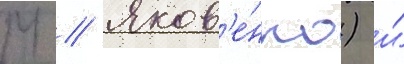
М // Яков'е́нко) и́